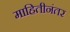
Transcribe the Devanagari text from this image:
माहितीनंतर